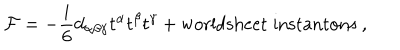
LaTeX: { \cal F } = - \frac { i } { 6 } d _ { \alpha \beta \gamma } t ^ { \alpha } t ^ { \beta } t ^ { \gamma } + \mathrm { w o r l d s h e e t \; i n s t a n t o n s } \ ,